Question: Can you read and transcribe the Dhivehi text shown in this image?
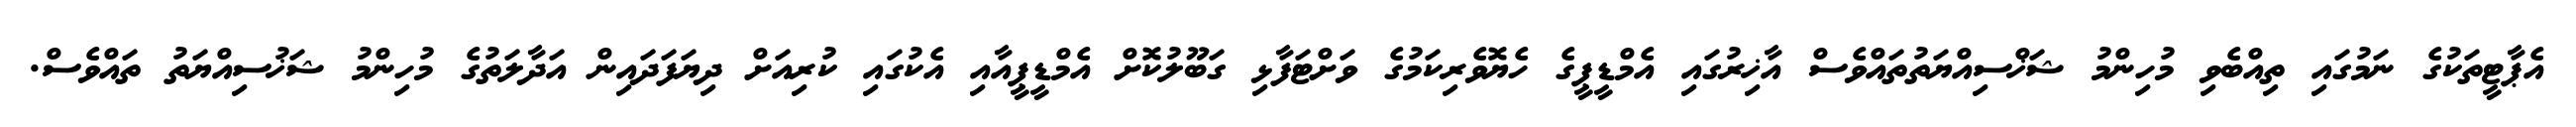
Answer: އެޕާޓީތަކުގެ ނަމުގައި ތިއްބެވި މުހިންމު ޝަޚްސިއްޔަތުތައްވެސް އާޚިރުގައި އެމްޑީޕީގެ ހެޔޮވެރިކަމުގެ ވަށްޓަފާޅި ގަބޫލުކޮށް އެމްޑީޕީއާއި އެކުގައި ކުރިއަށް ދިޔަފަދައިން އަދާލަތުގެ މުހިންމު ޝަޚުސިއްޔަތު ތައްވެސް.